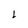
Character: L